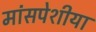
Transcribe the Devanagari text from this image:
मांसपेशीया